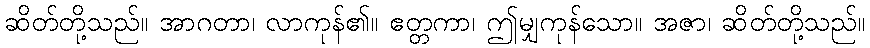
ဆိတ်တို့သည်။ အာဂတာ၊ လာကုန်၏။ ဧတ္တကာ၊ ဤမျှကုန်သော။ အဇာ၊ ဆိတ်တို့သည်။